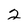
Character: 2